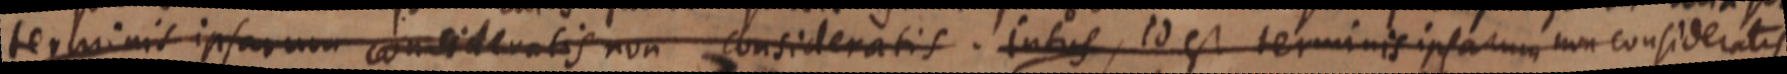
terminis ipsarum consideratis non consideratis. Intus, id est terminis ipsarum non consideratis